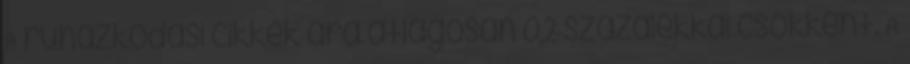
A ruházkodási cikkek ára átlagosan 0,2 százalékkal csökkent. A